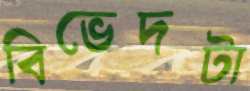
বিভেদটা